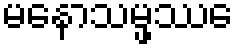
မနောသမ္ဖဿေ